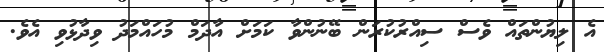
އެ ލިޔުންތައް ވެސް ސިއްރުކުރަން ބޭނުންވާ ކަމަށް އާދަމް މުހައްމަދު ވިދާޅުވި އެވެ.